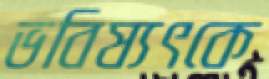
ভবিষ্যৎকে